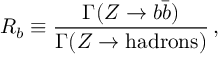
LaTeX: R _ { b } \equiv \frac { \Gamma ( Z \rightarrow b \bar { b } ) } { \Gamma ( Z \rightarrow \mathrm { h a d r o n s } ) } \, ,